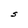
Character: S